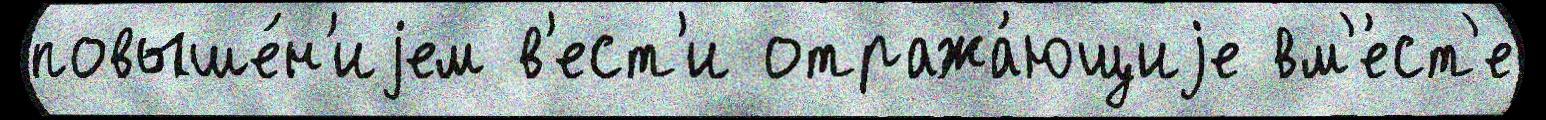
повыше́н'иjем в'ест'и отража́ющиjе вм'е́ст'е